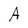
Character: A